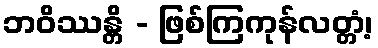
ဘဝိဿန္တိ - ဖြစ်ကြကုန်လတ္တံ့၊